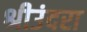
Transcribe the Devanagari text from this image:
श्रीउंदरा